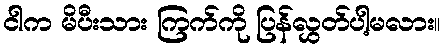
ငါက မိပီးသား ကြက်ကို ပြန်လွှတ်ပါ့မလား။